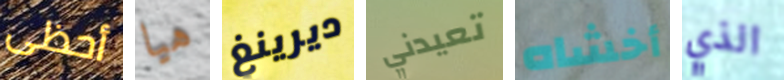
أحظى هيا ديرينغ تعيدني أخشاه الذي